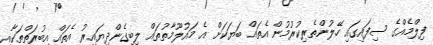
ފިލްމެއްގެ ސިފައިގައި ހޭލުންތެރިކުރުމުން އެތައް ބަޔަކަށް އެ މައުލޫމާތުތައް ލިބިގެންދިޔައިރު އެތައް އިބުރަތްތަކާއި